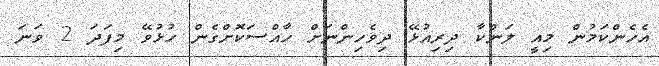
އެހެންކަމުން މިއީ ލަންކާ ދިރިއުޅޭ ދިވެހިންނަށް ހާއްސަކޮށްގެން ހުޅުވޭ މިފަދަ 2 ވަނަ